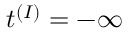
t ^ { ( I ) } = - \infty